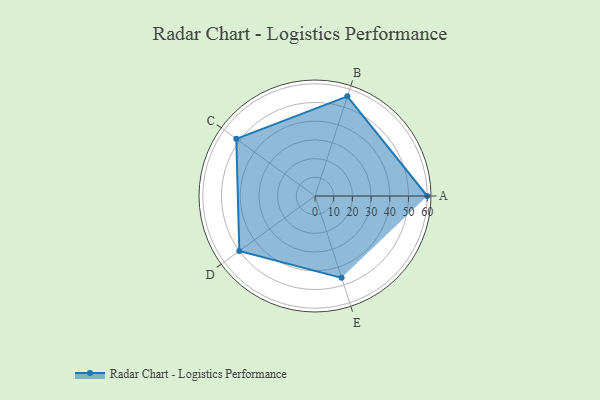
{"axis": {"x": "Skill", "y": "Score"}, "legend": ["Profile"], "data": [{"x": "A", "y": 60.0, "type": "Profile"}, {"x": "B", "y": 56.0, "type": "Profile"}, {"x": "C", "y": 52.0, "type": "Profile"}, {"x": "D", "y": 50.0, "type": "Profile"}, {"x": "E", "y": 46.0, "type": "Profile"}]}